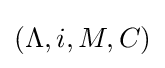
(\Lambda ,i,M,C)